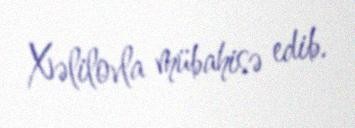
Xəlilovla mübahisə edib.